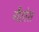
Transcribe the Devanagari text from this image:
गैतोस